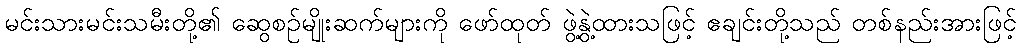
မင်းသားမင်းသမီးတို့၏ ဆွေစဉ်မျိုးဆက်များကို ဖော်ထုတ် ဖွဲ့နွဲ့ထားသဖြင့် ဧချင်းတို့သည် တစ်နည်းအားဖြင့်